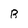
Character: B